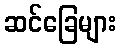
ဆင်ခြေများ